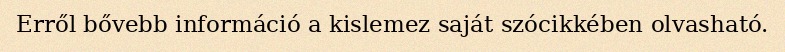
Erről bővebb információ a kislemez saját szócikkében olvasható.